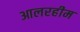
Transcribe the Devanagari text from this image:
आलरहीम